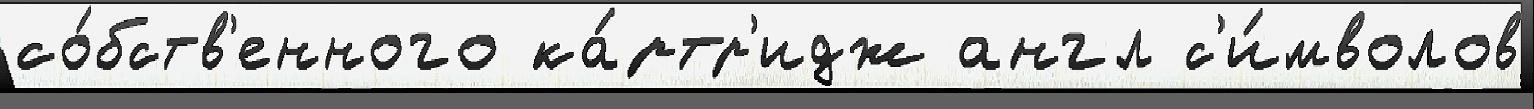
со́бств'енного ка́ртр'идж англ с'и́мволов